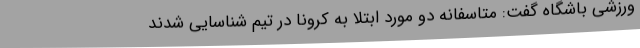
ورزشی باشگاه گفت: متاسفانه دو مورد ابتلا به کرونا در تیم شناسایی شدند